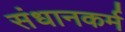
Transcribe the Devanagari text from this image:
संधानकर्म